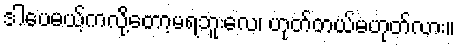
ဒါပေမယ့်ကလို့တော့မရဘူးလေ၊ ဟုတ်တယ်မဟုတ်လား။